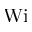
\mathrm { W i }